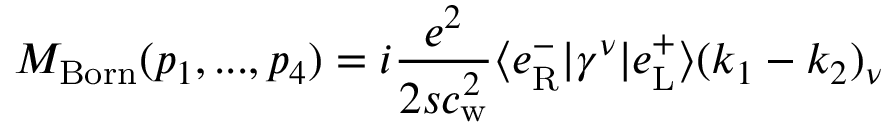
{ \cal M } _ { \mathrm { B o r n } } ( p _ { 1 } , . . . , p _ { 4 } ) = i \frac { e ^ { 2 } } { 2 s c _ { \mathrm { w } } ^ { 2 } } \langle e _ { \mathrm { R } } ^ { - } | \gamma ^ { \nu } | e _ { \mathrm { L } } ^ { + } \rangle ( k _ { 1 } - k _ { 2 } ) _ { \nu }